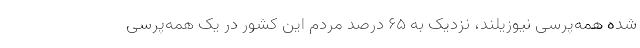
شده همه‌پرسی نیوزیلند، نزدیک به ۶۵ درصد مردم این کشور در یک همه‌پرسی